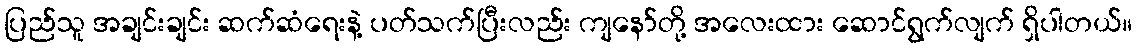
ပြည်သူ အချင်းချင်း ဆက်ဆံရေးနဲ့ ပတ်သက်ပြီးလည်း ကျနော်တို့ အလေးထား ဆောင်ရွက်လျက် ရှိပါတယ်။